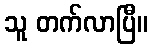
သူ တက်လာပြီ။